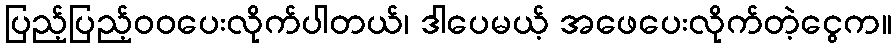
ပြည့်ပြည့်ဝဝပေးလိုက်ပါတယ်၊ ဒါပေမယ့် အဖေပေးလိုက်တဲ့ငွေက။